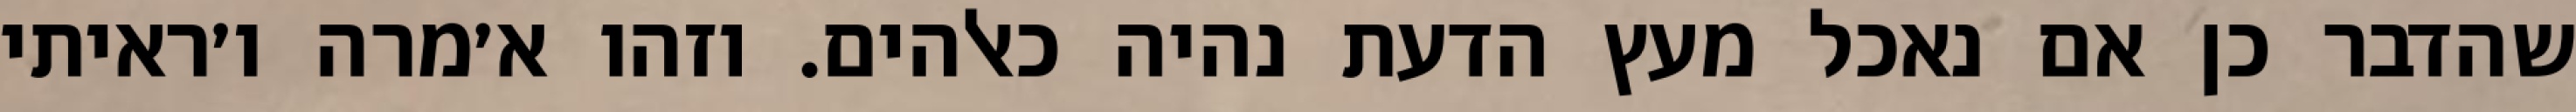
שהדבר כן אם נאכל מעץ הדעת נהיה כאלהים. וזהו א׳מרה ו׳ראיתי